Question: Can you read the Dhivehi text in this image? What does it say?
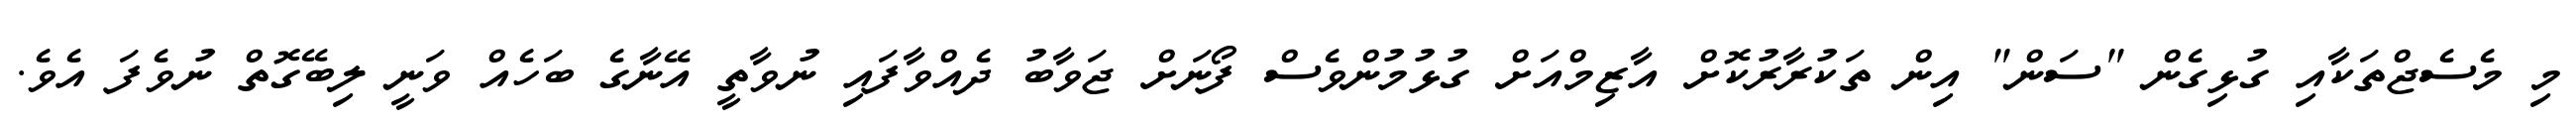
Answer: މި މެސެޖްތަކާއި ގުޅިގެން "ސަން" އިން ތަކުރާރުކޮށް އާޒިމްއަށް ގުޅުމުންވެސް ފޯނަށް ޖަވާބު ދެއްވާފައި ނުވާތީ އޭނާގެ ބަހެއް ވަނީ ލިބޭގޮތް ނުވެފަ އެވެ.